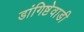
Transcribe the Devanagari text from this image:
डांगिष्टेवाडी